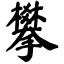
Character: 攀